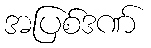
အပြစ်ဒဏ်